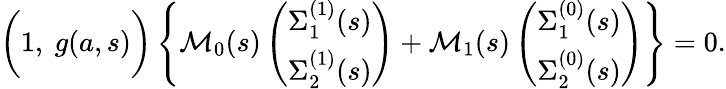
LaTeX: \begin{array}{r}{\bigg(1,\ g(a,s)\bigg)\left\{ {\mathcal M}_{0}(s)\left(\begin{array}{c}{\Sigma_{1}^{(1)}(s)}\\ {\Sigma_{2}^{(1)}(s)}\end{array}\right)+{\mathcal M}_{1}(s)\left(\begin{array}{c}{\Sigma_{1}^{(0)}(s)}\\ {\Sigma_{2}^{(0)}(s)}\end{array}\right)\right\} =0.}\end{array}